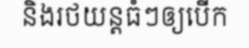
និងរថយន្តធំៗឲ្យបើក